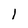
Character: l